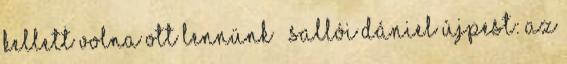
kellett volna ott lennünk – Sallói Dániel Újpest: az